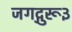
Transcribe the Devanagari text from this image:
जगद्गुरू३